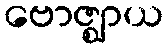
ဗောဇ္ဈာယ